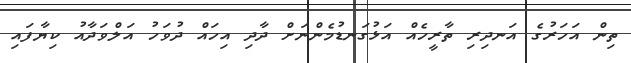
ތިން އަހަރުގެ އަނދިރި ތާރީހެއް އަޅުގަނޑުމެންނަށް ދާދި އިހައް ދުވަހު އަލްވަދާއު ކިޔާފައި